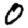
Digit: 0